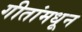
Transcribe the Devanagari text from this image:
गीतांमधून